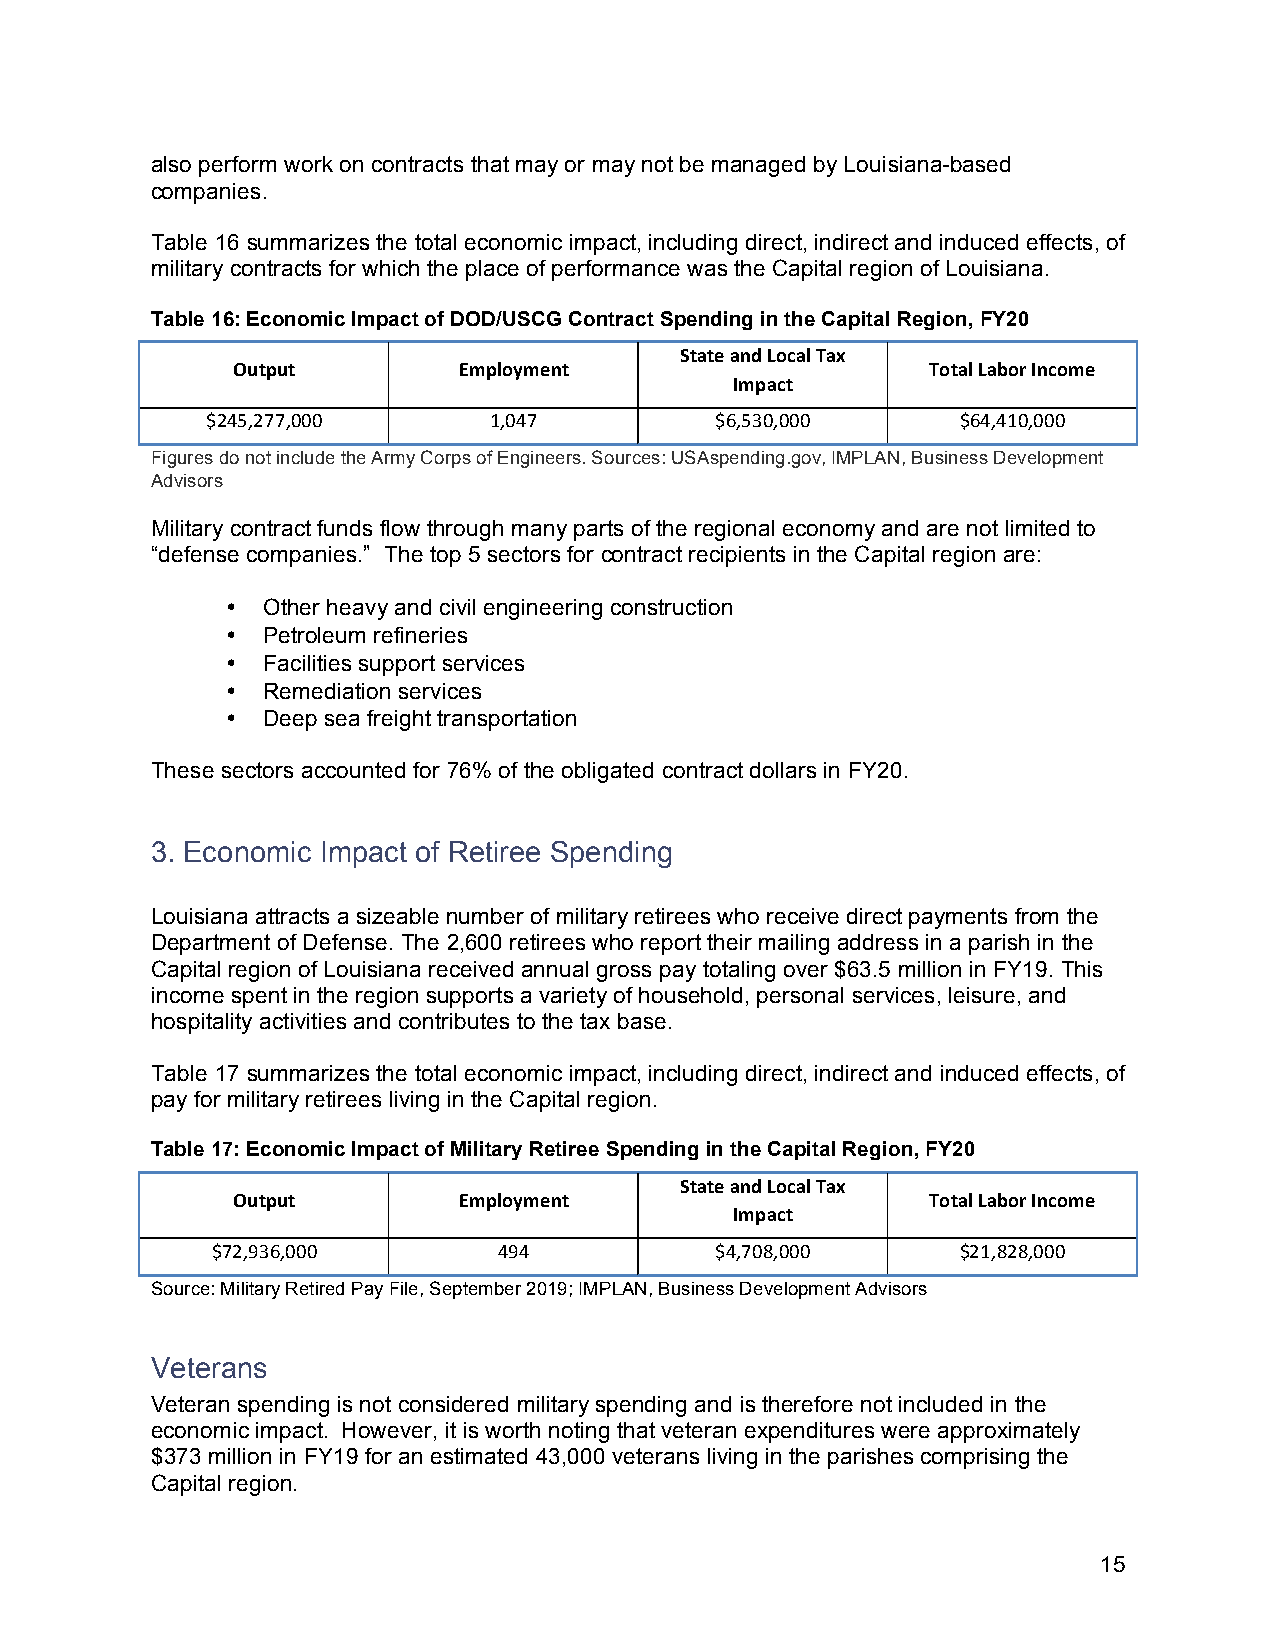
also perform work on contracts that may or may not be managed by Louisiana-based
 companies.
 Table 16 summarizes the total economic impact, including direct, indirect and induced effects, of
 military contracts for which the place of performance was the Capital region of Louisiana.
 Table 16: Economic Impact of DOD/USCG Contract Spending in the Capital Region, FY20
 State and Local Tax
 Output         Employment                      Total Labor Income
 Impact
 $245,277,000      1,047          $6,530,000       $64,410,000
 Figures do not include the Army Corps of Engineers. Sources: USAspending.gov, IMPLAN, Business Development
 Advisors
 Military contract funds flow through many parts of the regional economy and are not limited to
 “defense companies.” The top 5 sectors for contract recipients in the Capital region are:
 • Other heavy and civil engineering construction
 • Petroleum refineries
 • Facilities support services
 • Remediation services
 • Deep sea freight transportation
 These sectors accounted for 76% of the obligated contract dollars in FY20.
 3. Economic Impact of Retiree Spending
 Louisiana attracts a sizeable number of military retirees who receive direct payments from the
 Department of Defense. The 2,600 retirees who report their mailing address in a parish in the
 Capital region of Louisiana received annual gross pay totaling over $63.5 million in FY19. This
 income spent in the region supports a variety of household, personal services, leisure, and
 hospitality activities and contributes to the tax base.
 Table 17 summarizes the total economic impact, including direct, indirect and induced effects, of
 pay for military retirees living in the Capital region.
 Table 17: Economic Impact of Military Retiree Spending in the Capital Region, FY20
 State and Local Tax
 Output         Employment                      Total Labor Income
 Impact
 $72,936,000        494           $4,708,000       $21,828,000
 Source: Military Retired Pay File, September 2019; IMPLAN, Business Development Advisors
 Veterans
 Veteran spending is not considered military spending and is therefore not included in the
 economic impact. However, it is worth noting that veteran expenditures were approximately
 $373 million in FY19 for an estimated 43,000 veterans living in the parishes comprising the
 Capital region.
 15